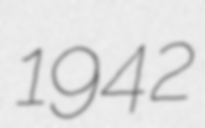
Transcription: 1942